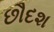
છૌદશ